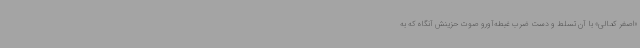
«اصغر کمالی» با آن تسلط و دست ضرب غبطه‌آورو صوت حزینش آنگاه که به